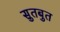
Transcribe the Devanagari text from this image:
सुतबुत